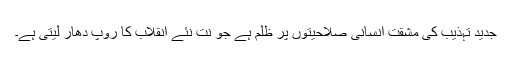
جدید تہذیب کی مشقت انسانی صلاحیتوں پر ظلم ہے جو نت نئے انقلاب کا روپ دھار لیتی ہے۔